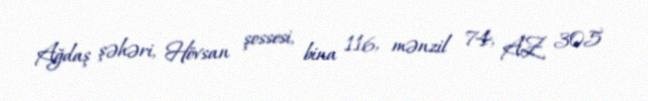
Ağdaş şəhəri, Hövsan şossesi, bina 116, mənzil 74, AZ 305